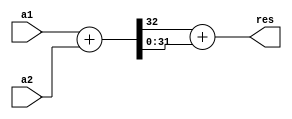
module one_complement_adder (a1, a2, res);
  parameter LENGTH = 32;
  
  input [LENGTH-1:0] a1;
  input [LENGTH-1:0] a2;
  output [LENGTH-1:0] res;
  
  wire [LENGTH-1:0] a1;
  wire [LENGTH-1:0] a2;
  wire [LENGTH-1:0] res;
  
  wire [LENGTH:0] temp;
  assign temp = a1 + a2;
  assign res = temp[LENGTH] + temp[LENGTH-1:0];
  
endmodule